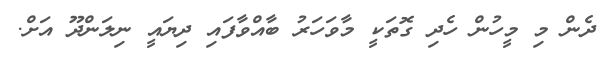
ދެން މި މީހުން ހެދި ގޮތަކީ މާވަހަރު ބާއްވާފައި ދިޔައީ ނިލަންދޫ އަށް.